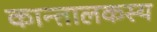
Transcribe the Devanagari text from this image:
कान्तालकस्य